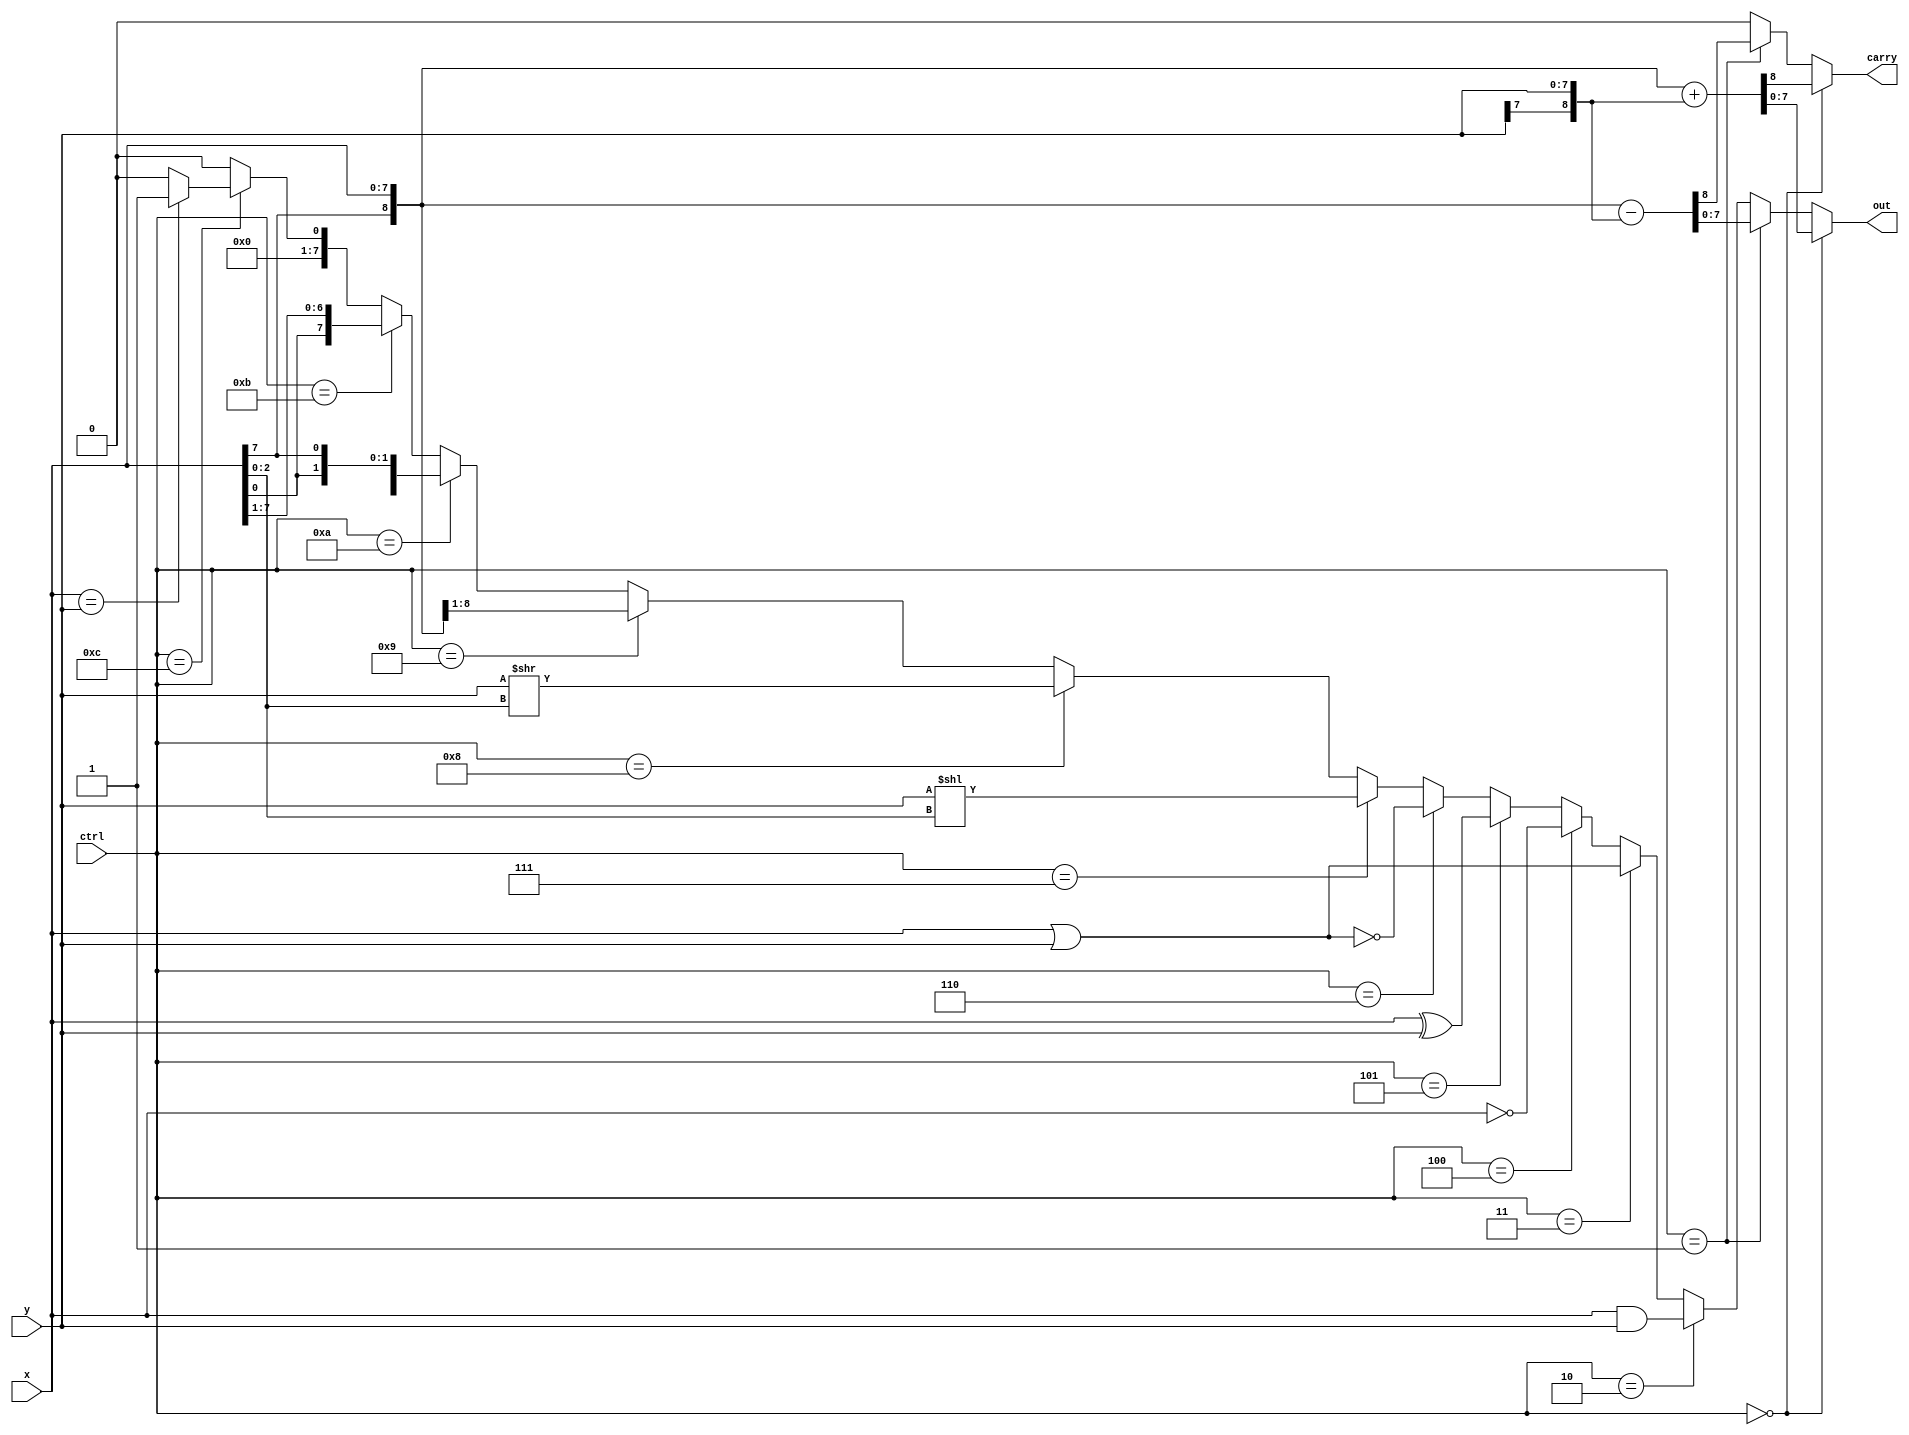
//RTL (use continuous assignment)
module alu_assign(
    ctrl,
    x,
    y,
    carry,
    out  
);
    
    input  [3:0] ctrl;
    input  [7:0] x;
    input  [7:0] y;
    output       carry;
    output [7:0] out;
    
    wire   temp_carry0, temp_carry1;
    wire   [7:0] temp0,temp1,temp2,temp3,temp4,temp5,temp6,temp7,temp8,temp9,temp10,temp11,temp12;
    
    assign {temp_carry0,temp0} = {x[7],x} + {y[7],y};
    assign {temp_carry1,temp1} = {x[7],x} - {y[7],y};
    assign temp2 = x & y;
    assign temp3 = x | y;
    assign temp4 = ~x;
    assign temp5 = x ^ y;
    assign temp6 = ~temp3; 
    assign temp7 = (y << x[2:0]);
    assign temp8 = (y >> x[2:0]);
    assign temp9 = {x[7] , x[7:1]};
    assign temp10 = {x[6:0] , x[7]};
    assign temp11 = {x[0] , x[7:1]};
    assign temp12 = (x==y) ? 1 : 0;

    assign carry = (ctrl == 4'b0000) ? temp_carry0 :
                   (ctrl == 4'b0001) ? temp_carry1 : 0;

    assign out = (ctrl == 4'b0000) ? temp0 :
                 (ctrl == 4'b0001) ? temp1 :
                 (ctrl == 4'b0010) ? temp2 :
                 (ctrl == 4'b0011) ? temp3 :
                 (ctrl == 4'b0100) ? temp4 :
                 (ctrl == 4'b0101) ? temp5 :
                 (ctrl == 4'b0110) ? temp6 :
                 (ctrl == 4'b0111) ? temp7 :  
                 (ctrl == 4'b1000) ? temp8 :
                 (ctrl == 4'b1001) ? temp9 :
                 (ctrl == 4'b1010) ? temp10 :
                 (ctrl == 4'b1011) ? temp11 :
                 (ctrl == 4'b1100) ? temp12 : 0;

endmodule